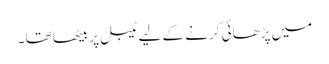
میں پڑھائی کرنے کے لیے ٹیبل پر بیٹھا تھا ۔